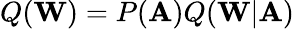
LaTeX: Q(\mathbf{W})=P(\mathbf{A})Q(\mathbf{W}|\mathbf{A})